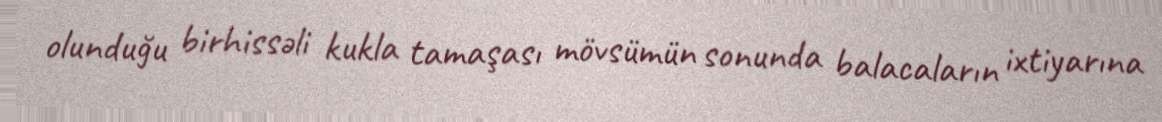
olunduğu birhissəli kukla tamaşası mövsümün sonunda balacaların ixtiyarına